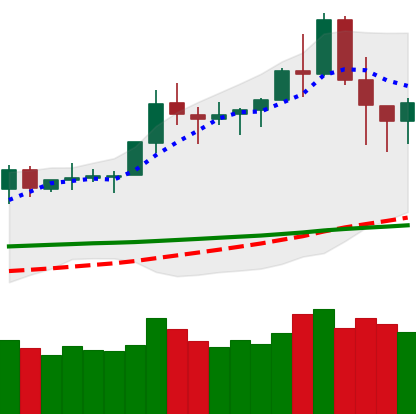
Ticker: TRX-USD
Chart end date: 2020-02-18
Forward return: -5.605%
Label: down_5_7